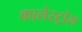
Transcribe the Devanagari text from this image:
कालेस्ट्रोल